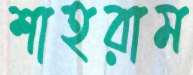
শাহরাম